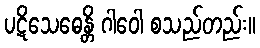
ပဋိသေဓေန္တိ ဂါဝေါ စသည်တည်း။